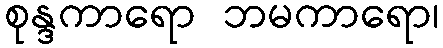
စုန္ဒကာရော ဘမကာရော၊